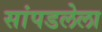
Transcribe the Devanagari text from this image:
सांपडलेला